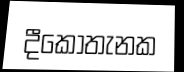
දීකොතැනක